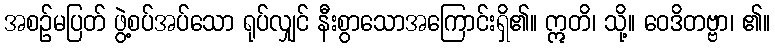
အစဉ်မပြတ် ဖွဲ့စပ်အပ်သော ရုပ်လျှင် နီးစွာသောအကြောင်းရှိ၏။ ဣတိ၊ သို့။ ဝေဒိတဗ္ဗာ၊ ၏။